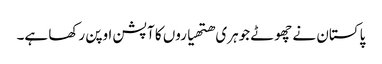
پاکستان نے چھوٹے جوہری ھتھیاروں کا آپشن اوپن رکھا ہے۔